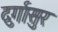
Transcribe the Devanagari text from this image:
दुर्गासुर